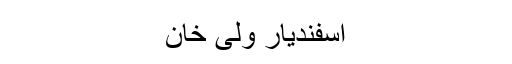
اسفندیار ولی خان